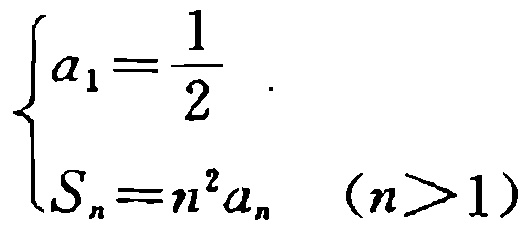
$\begin{cases}

a_{1}=\dfrac{1}{2}\\

S_{n}=n^{2}a_{n}\quad(n > 1)

\end{cases}$